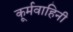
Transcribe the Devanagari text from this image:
कूर्मवाहिनी